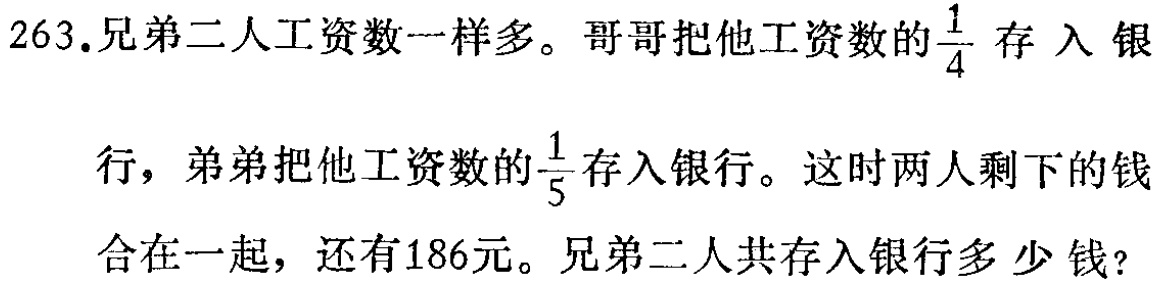
263.兄弟二人工资数一样多。哥哥把他工资数的$\frac{1}{4}$存入银行，弟弟把他工资数的$\frac{1}{5}$存入银行。这时两人剩下的钱合在一起，还有186元。兄弟二人共存入银行多少钱？